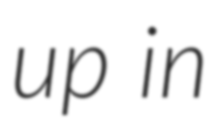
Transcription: up in